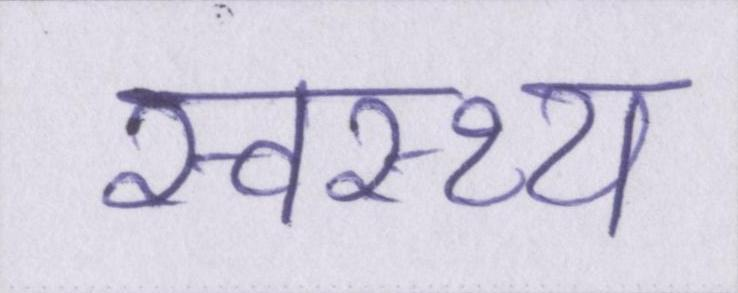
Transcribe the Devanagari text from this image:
स्वस्थ्य